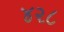
૪૨૮